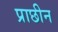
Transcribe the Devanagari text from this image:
प्राछीन